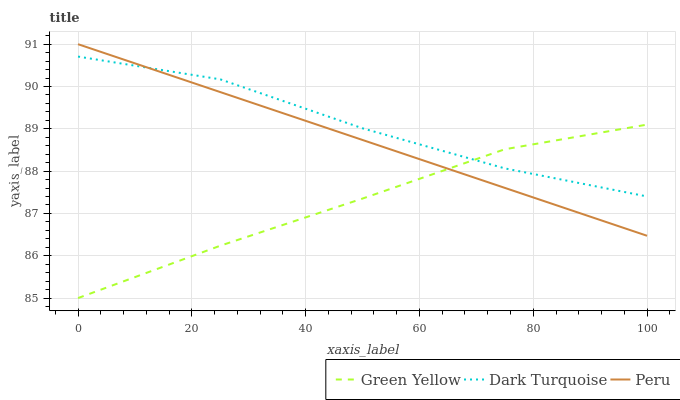
| xaxis_label | Green Yellow | Dark Turquoise | Peru |
 | --- | --- | --- | --- |
 | 0 | 85 | 90.7 | 91 |
 | 25 | 86.2 | 90.2 | 89.9 |
 | 50 | 87.4 | 89 | 88.7 |
 | 75 | 88.5 | 88.1 | 87.6 |
 | 100 | 89.1 | 87.4 | 86.5 |